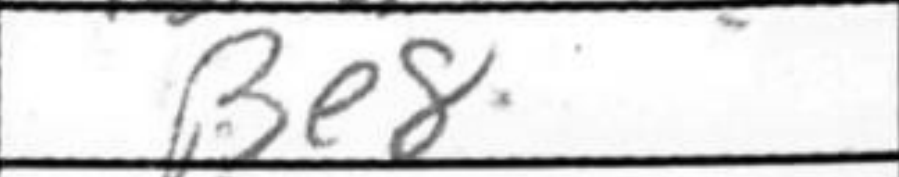
Transcription: Be8